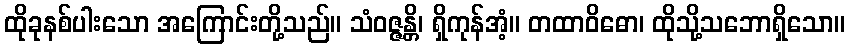
ထိုခုနစ်ပါးသော အကြောင်းတို့သည်။ သံဝဇ္ဇန္တိ၊ ရှိကုန်အံ့။ တထာဝိဓော၊ ထိုသို့သဘောရှိသော။